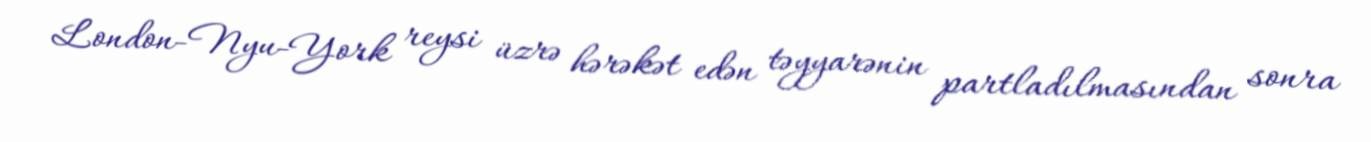
London-Nyu-York reysi üzrə hərəkət edən təyyarənin partladılmasından sonra